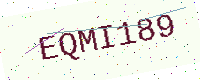
Text: EQMI189